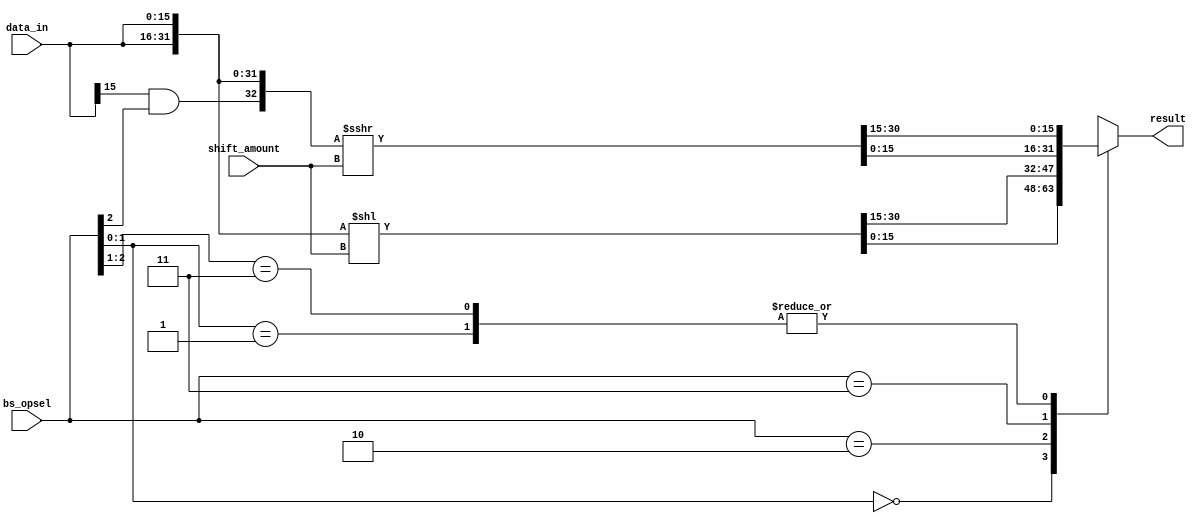
  
`timescale 1ns/10ps

`define SLL 3'b?00
`define SRL 3'b?01
`define ROL 3'b010
`define ROR 3'b011
`define SRA 3'b11?

module barrel_shifter(bs_opsel, shift_amount, data_in, result);

parameter WIDTH = 16;

input  [2:0]  bs_opsel;
input  [3:0]  shift_amount;
input  [WIDTH-1:0] data_in;
output reg[WIDTH-1:0] result;

wire [WIDTH*2:0] data_mod, data_mod2;
wire arithm, is_arithm_shift;	

assign data_mod = {data_in, data_in} << shift_amount;

assign is_arithm_shift = bs_opsel[2];					 
assign arithm = data_in[WIDTH-1] & is_arithm_shift;				
assign data_mod2 = $signed({arithm, data_in, data_in}) >>> shift_amount;	


always @* begin

	casez(bs_opsel)
		`SRL:  result = data_mod2[WIDTH*2-1:WIDTH-1];
		`SLL:	 result = data_mod[WIDTH-1:0];
		`ROL:  result = data_mod[WIDTH*2-1:WIDTH-1];
		`ROR:  result = data_mod2[WIDTH-1:0];
		`SRA:  result = data_mod2[WIDTH*2-1:WIDTH-1];
	endcase
end

endmodule